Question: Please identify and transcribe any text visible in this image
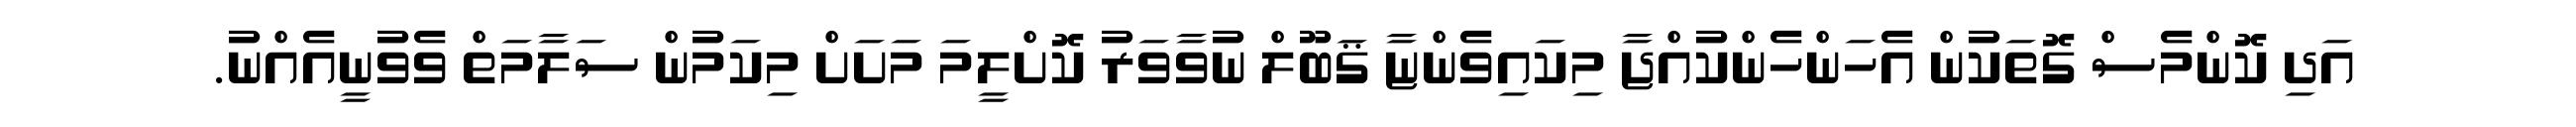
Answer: އަދި ކޮންމެސް ގޮތަކުން އެހަންހެންކުއްޖާ މިކައިވެންޏާ ޤަބޫލް ނުވާވަރު ކޮށްލީމަ މަށަށް މިކަމުން ސަލާމަތް ވެވުނީއެއްނު.